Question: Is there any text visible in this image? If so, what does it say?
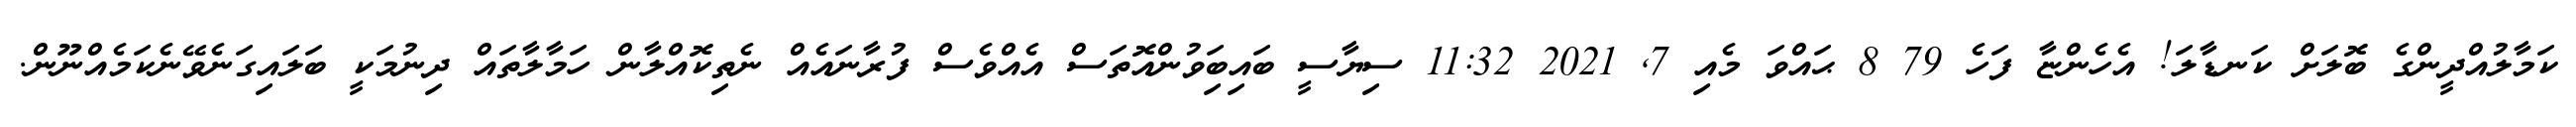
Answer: ކަމާލުއްދީންގެ ބޮލަށް ކަނޑާލަ! އެހެންޏާ ފަހެ 79 8 ޙައްވަ މެއި 7, 2021 11:32 ސިޔާސީ ބައިބަިވުންއޮތަސް އެއްވެސް ފުރާނައެއް ނެތިކޮއްލާން ހަމާލާތައް ދިނުމަކީ ބަލައިގަނެވޭނެކަމެއްނޫން.